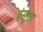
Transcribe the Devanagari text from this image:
हंसुआ